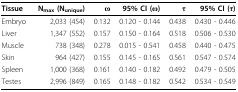
<table><thead><tr><td><b>Tissue</b></td><td><b>N<sub>max </sub>(N<sub>unique</sub>)</b></td><td><b>ω</b></td><td><b>95% CI (ω)</b></td><td><b>τ</b></td><td><b>95% CI (τ)</b></td></tr></thead><tbody><tr><td>Embryo</td><td>2,033 (454)</td><td>0.132</td><td>0.120 - 0.144</td><td>0.438</td><td>0.430 - 0.446</td></tr><tr><td>Liver</td><td>1,347 (552)</td><td>0.157</td><td>0.150 - 0.164</td><td>0.518</td><td>0.506 - 0.530</td></tr><tr><td>Muscle</td><td>738 (348)</td><td>0.278</td><td>0.015 - 0.541</td><td>0.458</td><td>0.440 - 0.475</td></tr><tr><td>Skin</td><td>964 (427)</td><td>0.155</td><td>0.145 - 0.165</td><td>0.561</td><td>0.547 - 0.574</td></tr><tr><td>Spleen</td><td>1,000 (368)</td><td>0.161</td><td>0.140 - 0.182</td><td>0.492</td><td>0.479 - 0.505</td></tr><tr><td>Testes</td><td>2,996 (849)</td><td>0.165</td><td>0.148 - 0.182</td><td>0.542</td><td>0.534 - 0.549</td></tr></tbody></table>